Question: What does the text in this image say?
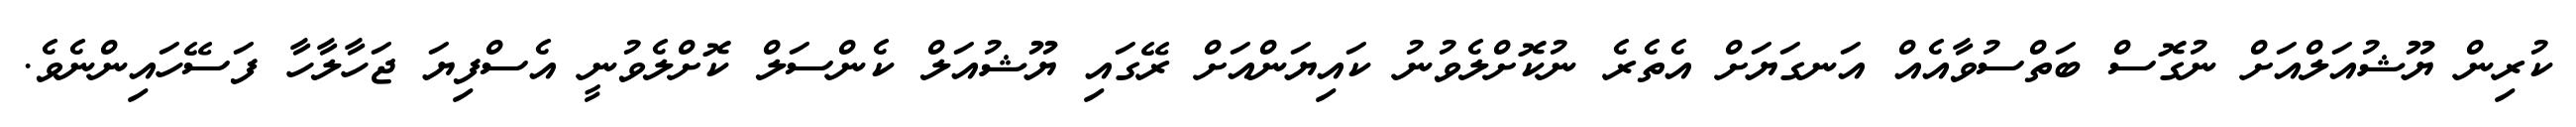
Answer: ކުރިން ޔޫޝުއަލްއަށް ނުގޮސް ބަތްސުވާއެއް އަނގަޔަށް އެތެރެ ނުކޮށްލެވުނު ކައިޔަންއަށް ރޭގައި ޔޫޝުއަލް ކެންސަލް ކޮށްލެވުނީ އެސްފިޔަ ޖަހާލާހާ ފަސޭހައިންނެވެ.